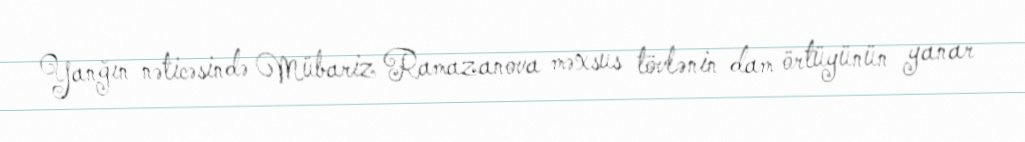
Yanğın nəticəsində Mübariz Ramazanova məxsus tövlənin dam örtüyünün yanar